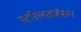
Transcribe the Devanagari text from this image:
स्टरिलाइजेसन